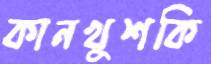
কানখুশকি